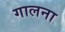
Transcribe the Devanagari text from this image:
गालना